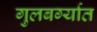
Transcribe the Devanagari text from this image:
गुलबर्ग्यात